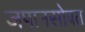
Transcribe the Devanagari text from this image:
जपानसोबत